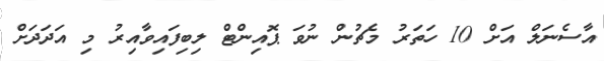
އާސެނަލް އަށް 10 ހަތަރު މެޗުން ނުވަ ޕޮއިންޓް ލިބިފައިވާއިރު މި އަދަދަށް